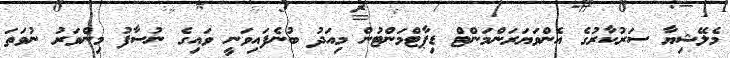
މެލޭޝިޔާ ސަރުކާރުގެ އެންވަޔަރަންމަންޓް ޑިޕާޓްމަންޓުން މިއަދު ބުނެފައިވަނީ ވައިގެ ނުސާފު މިންވަރު ނުވަތަ